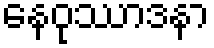
နေဝုဿာဒနာ